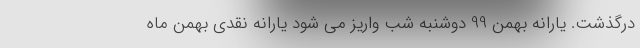
درگذشت. یارانه بهمن‌ 99 دوشنبه شب واریز می شود یارانه نقدی بهمن ماه